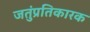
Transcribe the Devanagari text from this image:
जतुंप्रतिकारक